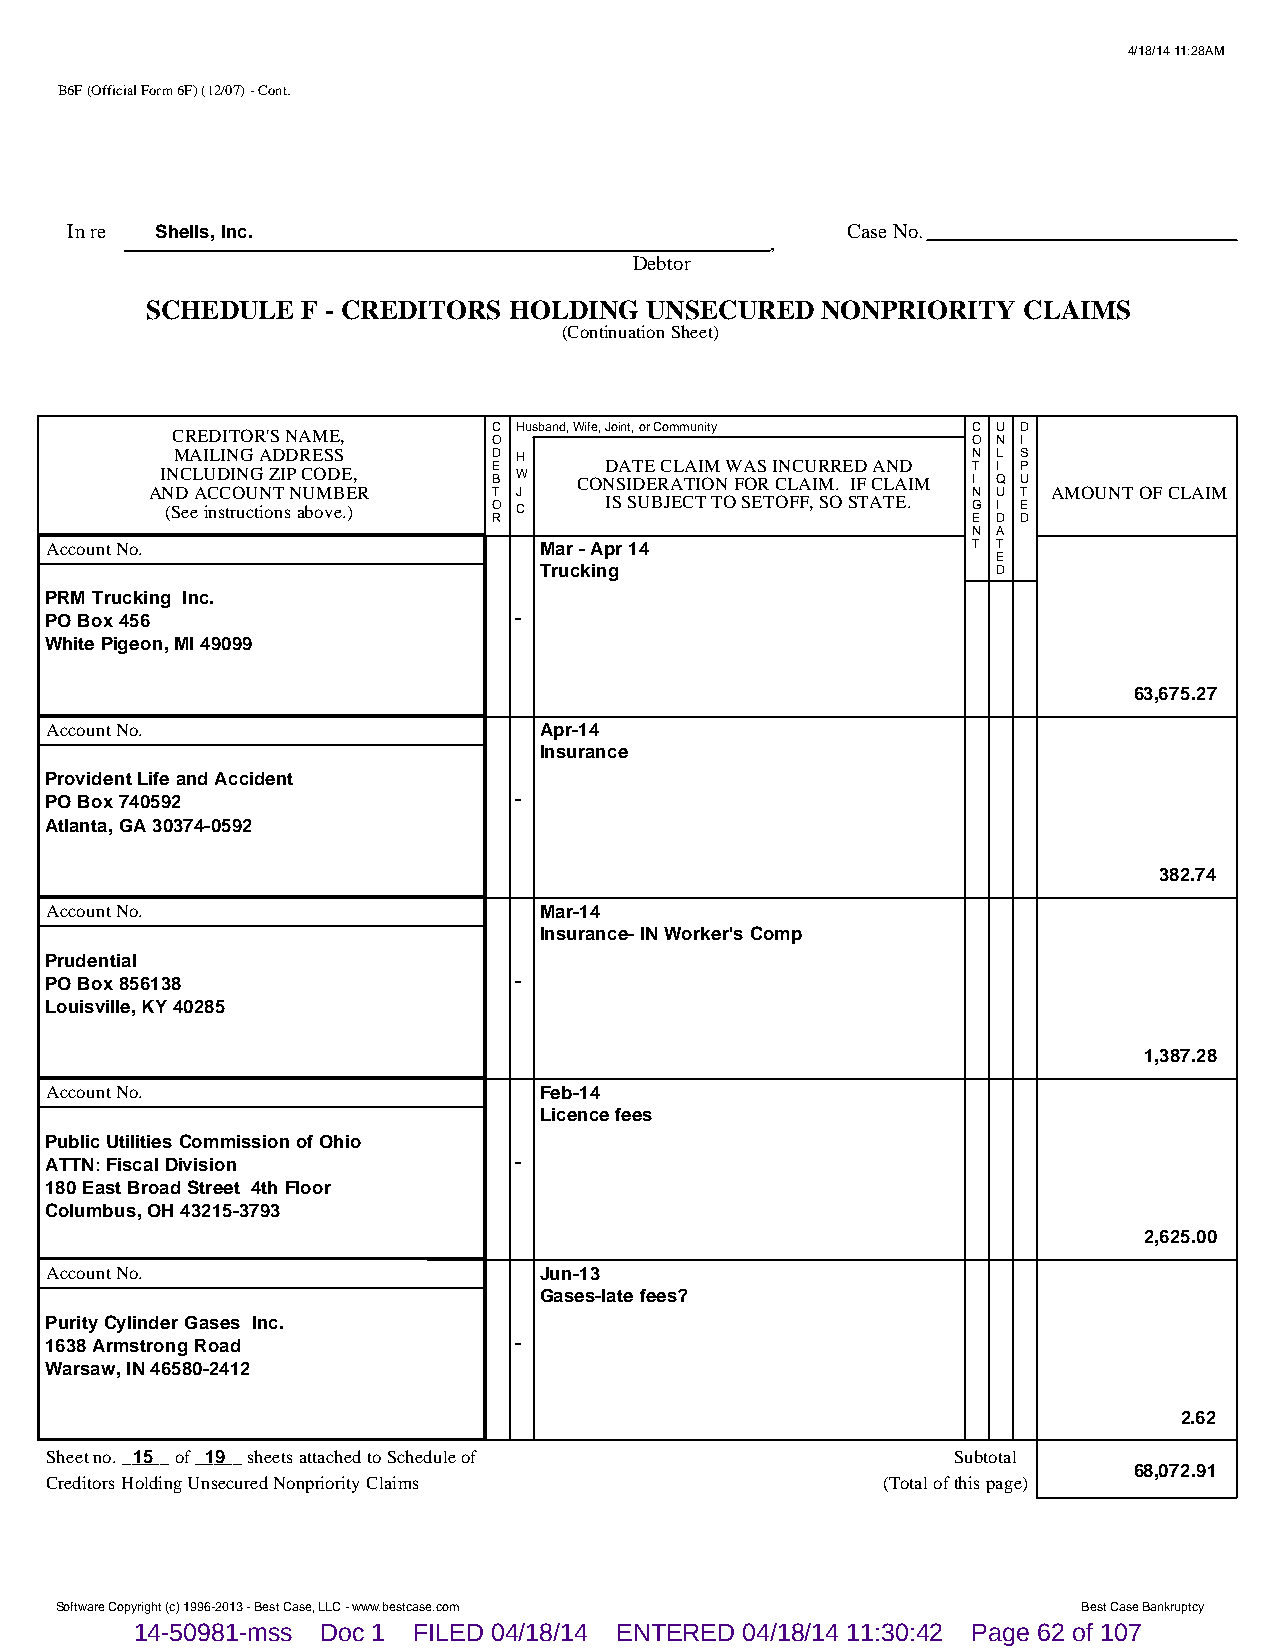
4/18/14 11:28AM
 B6F (Official Form 6F) (12/07) - Cont.
 In re Shells, Inc.                                  Case No.
 ,
 Debtor
 SCHEDULE  F - CREDITORS HOLDING  UNSECURED  NONPRIORITY   CLAIMS
 (Continuation Sheet)
 CREDITOR'S NAME,      C Husband, Wife, Joint, or Community C U D
 O                              O N I
 MAILING ADDRESS       D H                            N L S
 INCLUDING ZIP CODE,   E B W COND SA IT DE E RC AL TA II OM N W FA OS R I CN LC AU IR MR . E ID F CA LN AD IM T I I Q P U
 AND ACCOUNT NUMBER     T J                            N U T AMOUNT OF CLAIM
 (See instructions above.) O C IS SUBJECT TO SETOFF, SO STATE. G I E
 R                              E D D
 N A
 Account No.                      Mar - Apr 14                T T
 E
 Trucking                      D
 PRM Trucking Inc.
 PO Box 456                     -
 White Pigeon, MI 49099
 63,675.27
 Account No.                      Apr-14
 Insurance
 Provident Life and Accident
 PO Box 740592                  -
 Atlanta, GA 30374-0592
 382.74
 Account No.                      Mar-14
 Insurance- IN Worker's Comp
 Prudential
 PO Box 856138                  -
 Louisville, KY 40285
 1,387.28
 Account No.                      Feb-14
 Licence fees
 Public Utilities Commission of Ohio
 ATTN: Fiscal Division          -
 180 East Broad Street 4th Floor
 Columbus, OH 43215-3793
 2,625.00
 Account No.                      Jun-13
 Gases-late fees?
 Purity Cylinder Gases Inc.
 1638 Armstrong Road            -
 Warsaw, IN 46580-2412
 2.62
 Sheet no. __1_5__ of __1_9__ sheets attached to Schedule of Subtotal
 68,072.91
 Creditors Holding Unsecured Nonpriority Claims         (Total of this page)
 Software Copyright (c) 1996-2013 - Best Case, LLC - www.bestcase.com Best Case Bankruptcy
 14-50981-mss Doc 1 FILED 04/18/14 ENTERED 04/18/14 11:30:42 Page 62 of 107